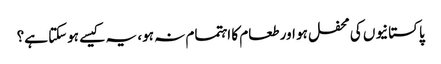
پاکستانیوں کی محفل ہو اور طعام کا اہتمام نہ ہو، یہ کیسے ہوسکتا ہے؟